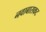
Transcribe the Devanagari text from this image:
नवाबासकट